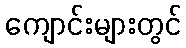
ကျောင်းများတွင်